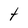
Character: t